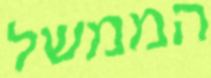
הממשל